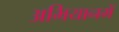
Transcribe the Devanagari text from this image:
अभियानमें